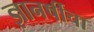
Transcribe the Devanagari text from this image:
ज्ञानर्षीचा